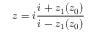
z = i \frac { i + z _ { 1 } ( z _ { 0 } ) } { i - z _ { 1 } ( z _ { 0 } ) }